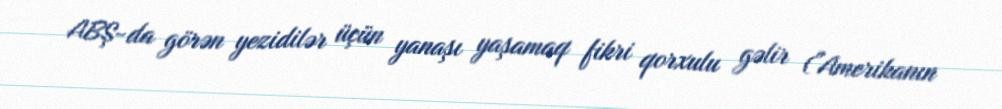
ABŞ-da görən yezidilər üçün yanaşı yaşamaq fikri qorxulu gəlir ("Amerikanın